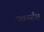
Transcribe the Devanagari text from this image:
पवनहँस